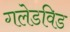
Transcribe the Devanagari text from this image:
गलेडविड